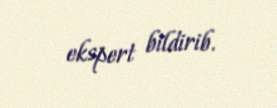
ekspert bildirib.